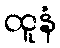
ထူနံ